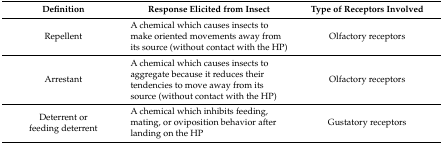
<table><thead><tr><td><b>Definition</b></td><td><b>Response Elicited from Insect</b></td><td><b>Type of Receptors Involved</b></td></tr></thead><tbody><tr><td>Repellent</td><td>A chemical which causes insects to make oriented movements away from its source (without contact with the HP)</td><td>Olfactory receptors</td></tr><tr><td>Arrestant</td><td>A chemical which causes insects to aggregate because it reduces their tendencies to move away from its source (without contact with the HP)</td><td>Olfactory receptors</td></tr><tr><td>Deterrent or feeding deterrent</td><td>A chemical which inhibits feeding, mating, or oviposition behavior after landing on the HP</td><td>Gustatory receptors</td></tr></tbody></table>